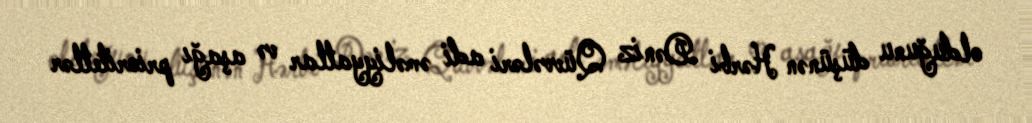
olduğunu düşünən Hərbi Dəniz Qüvvələri adi əməliyyatlar və aşağı prioritetlər